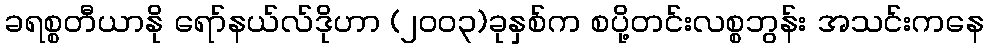
ခရစ္စတီယာနို ရော်နယ်လ်ဒိုဟာ (၂၀၀၃)ခုနှစ်က စပို့တင်းလစ္စဘွန်း အသင်းကနေ